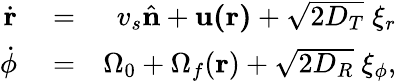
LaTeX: \begin{array}{rlr}{\dot{\mathbf r}}&{{}=}&{v_{s}\hat{\mathbf n}+\mathbf{u(r)}+\sqrt{2D_{T}}\; \xi_{r}}\\ {\dot{\phi}}&{{}=}&{\Omega_{0}+\Omega_{f}(\mathbf r)+\sqrt{2D_{R}}\; \xi_{\phi},}\end{array}